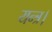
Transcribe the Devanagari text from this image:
यन्त्र।